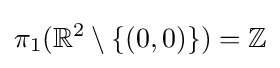
\pi _{1}(\mathbb {R} ^{2}\setminus \{(0,0)\})=\mathbb {Z}